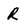
Character: R